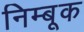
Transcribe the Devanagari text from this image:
निम्बूक